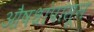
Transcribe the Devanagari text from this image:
औषधांपासून